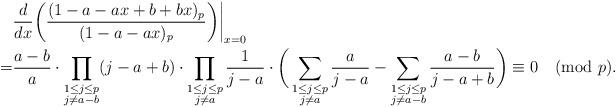
LaTeX: \begin{align*}&\frac{d}{dx}\bigg(\frac{(1-a-ax+b+bx)_p}{(1-a-ax)_p}\bigg)\bigg|_{x=0}\\=&\frac{a-b}{a}\cdot \prod_{\substack{1\leq j\leq p\\ j\neq a-b}}(j-a+b)\cdot\prod_{\substack{1\leq j\leq p\\ j\neq a}}\frac1{j-a}\cdot \bigg(\sum_{\substack{1\leq j\leq p\\ j\neq a}}\frac{a}{j-a}-\sum_{\substack{1\leq j\leq p\\ j\neq a-b}}\frac{a-b}{j-a+b}\bigg)\equiv 0\pmod{p}.\end{align*}